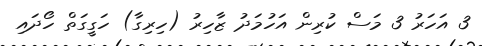
3 އަހަރު 3 މަސް ކުރިން އަހުމަދު ޒާހިރު (ހިރިގާ) ހަގީގަތް ހޯދައި